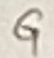
Text: G